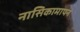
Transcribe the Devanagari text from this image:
नासिकामापन